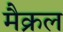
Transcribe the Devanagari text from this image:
मैक्रल